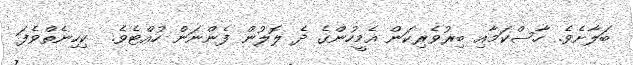
ބަލާށެވެ. ހާސްކަމާއި ބިރުވެރިކަން އެމީހުންގެ ދެ ލޮލުން ފެންނަން ހުއްޓެވެ.  ކިހިނެތްވެފަ